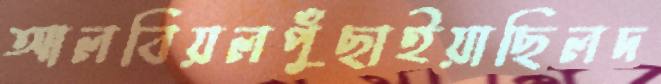
আলবিয়লপুঁছাইয়াছিলদ